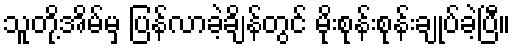
သူတို့အိမ်မှ ပြန်လာခဲ့ချိန်တွင် မိုးစုန်းစုန်းချုပ်ခဲ့ပြီ။